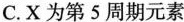
C.X为第5周期元素